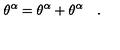
\theta ^ { \alpha } = \theta ^ { \alpha } + \theta ^ { \alpha } \quad .